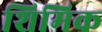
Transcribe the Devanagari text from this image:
शिमिक